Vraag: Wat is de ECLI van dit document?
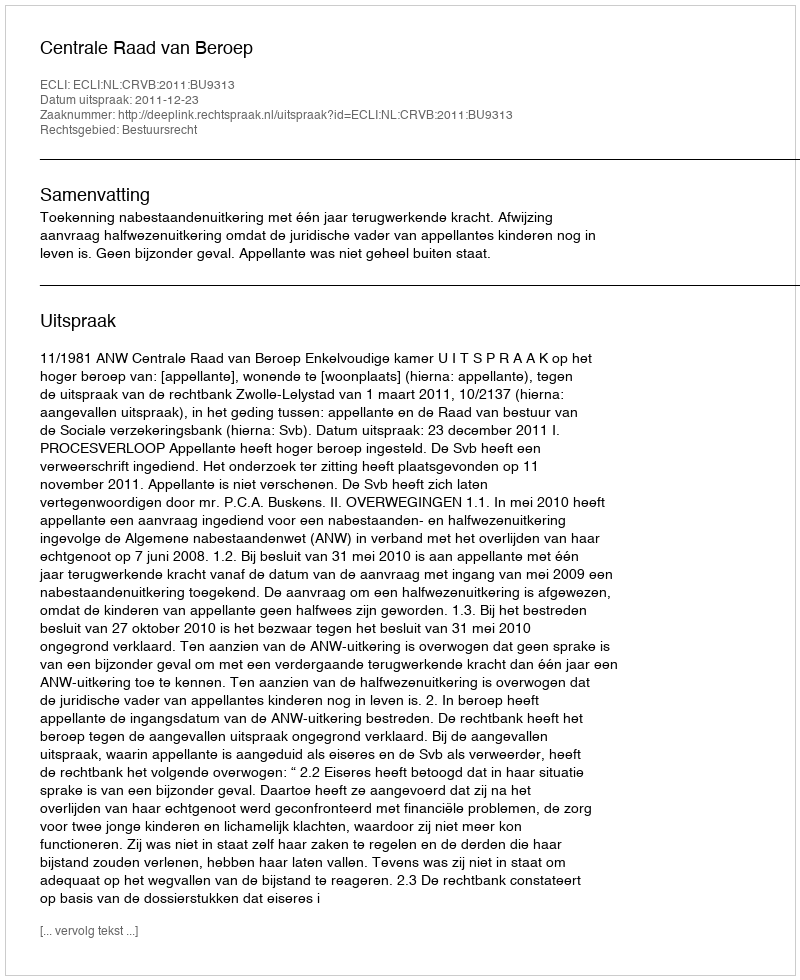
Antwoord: ECLI:NL:CRVB:2011:BU9313